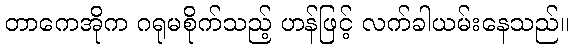
တာကေအိုက ဂရုမစိုက်သည့် ဟန်ဖြင့် လက်ခါယမ်းနေသည်။